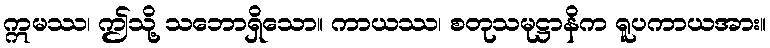
ဣမဿ၊ ဤသို့ သဘောရှိသော။ ကာယဿ၊ စတုသမုဋ္ဌာနိက ရူပကာယအား။